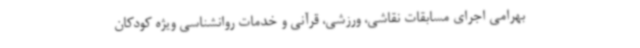
بهرامی اجرای مسابقات نقاشی، ورزشی، قرآنی و خدمات روانشناسی ویژه کودکان